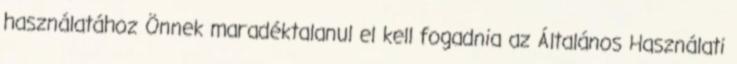
használatához Önnek maradéktalanul el kell fogadnia az Általános Használati